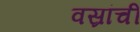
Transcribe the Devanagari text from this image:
वस्रांचीं